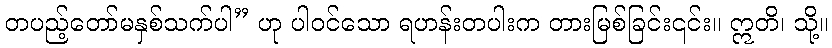
တပည့်တော်မနှစ်သက်ပါ” ဟု ပါဝင်သော ရဟန်းတပါးက တားမြစ်ခြင်း၎င်း။ ဣတိ၊ သို့။